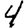
Digit: 4